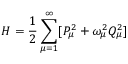
H = \frac { 1 } { 2 } \sum _ { \mu = 1 } ^ { \infty } [ P _ { \mu } ^ { 2 } + \omega _ { \mu } ^ { 2 } Q _ { \mu } ^ { 2 } ]